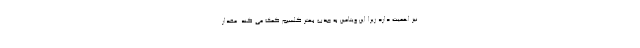
نیز اهمیت دارد زیرا این ویتامین به جذب بهتر کلسیم کمک می کند. مقدار